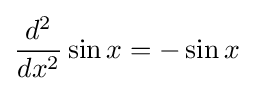
{\frac {d^{2}}{dx^{2}}}\sin x=-\sin x